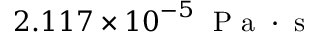
2 . 1 1 7 \times { { 1 0 } ^ { - 5 } } \; \mathrm { ~ P ~ a ~ } \cdot \mathrm { ~ s ~ }